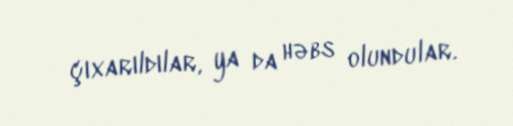
çıxarıldılar, ya da həbs olundular.